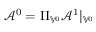
\mathcal { A } ^ { 0 } = \Pi _ { \mathbb { V } ^ { 0 } } \mathcal { A } ^ { 1 } | _ { \mathbb { V } ^ { 0 } }